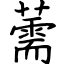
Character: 薷